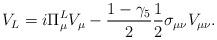
LaTeX: \begin{align*}V_{L} = i \Pi_{\mu}^{L} V_{\mu} - \frac{1- \gamma_{5}}{2} \frac{1}{2} \sigma_{\mu \nu} V_{\mu \nu}. \end{align*}